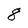
Character: 8